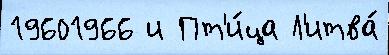
19601966 и Пт'и́ца Л'итва́